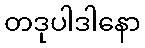
တဒုပါဒါနော